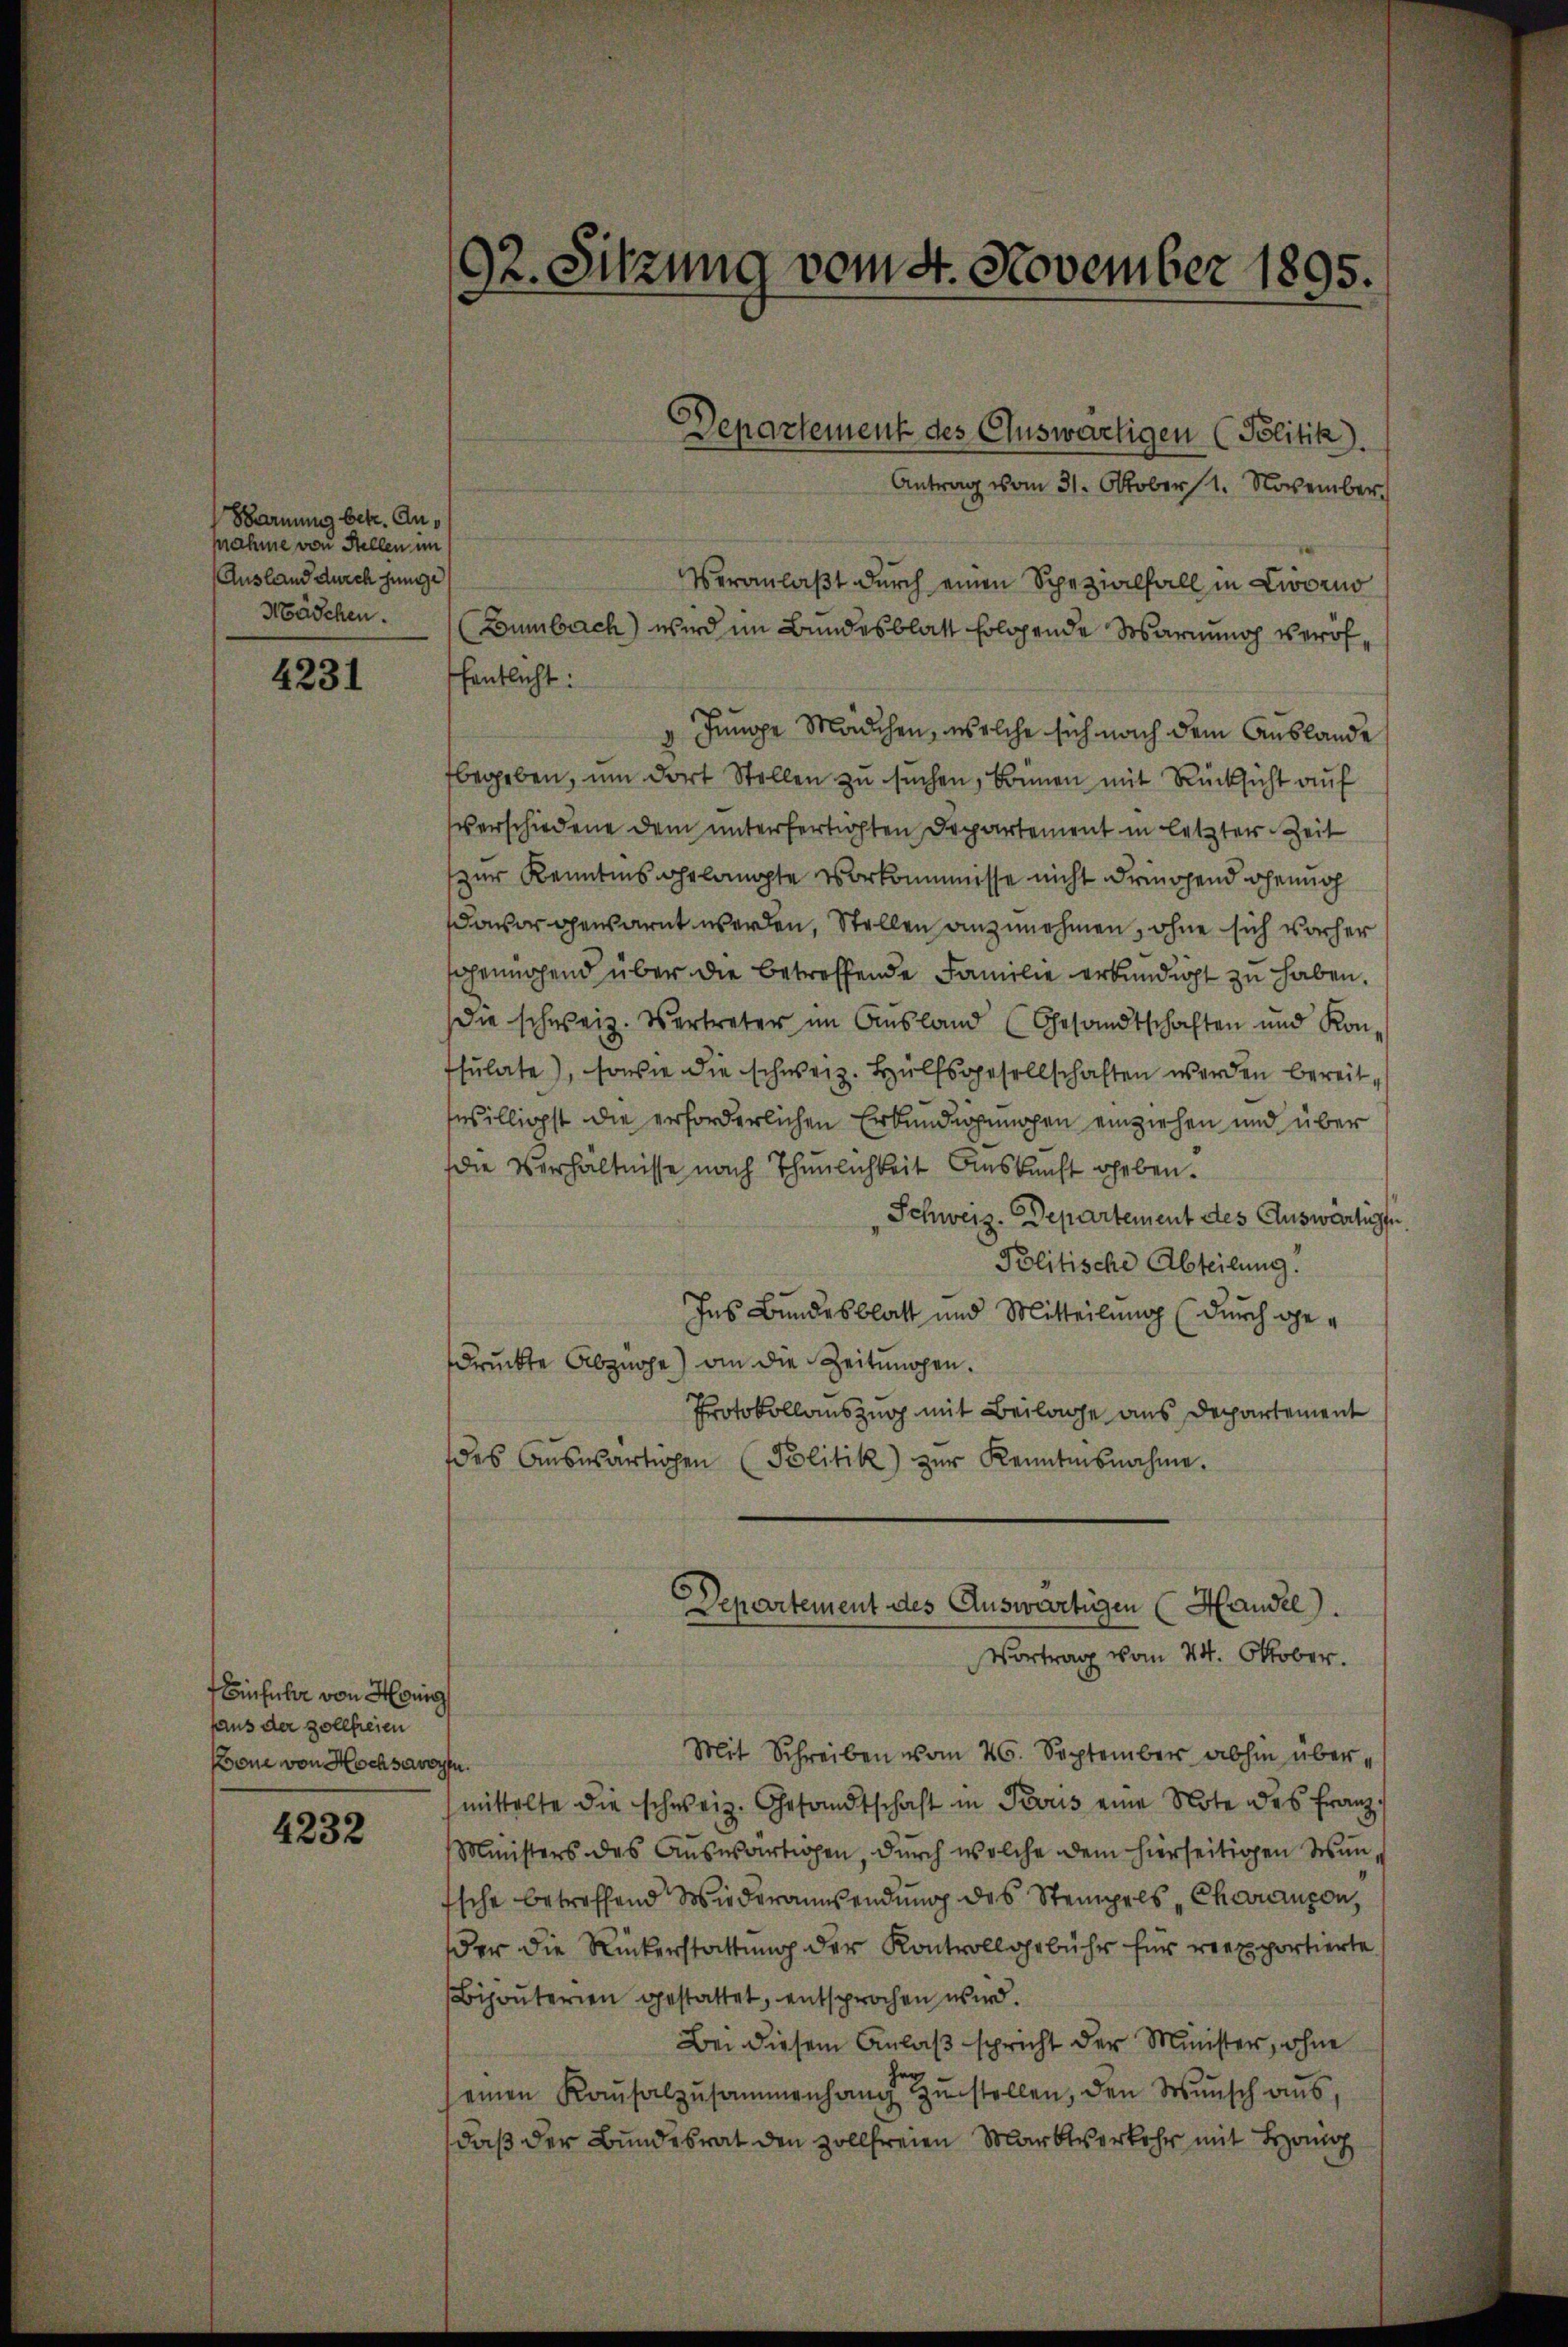
Bramung betr. Aupahme von Stellen im
Ausland durch junge
Mädchen.

4231

Einsicher von Hung
faus der Zollfreien
Koone von Hochsavor

4232

Veranlaßt durch einen Spezialfall in Zworno
Bumbach) wird im Bundesblatt folgende Sosarnung veröf
fentlicht:
 Junge Mädchen, welche sich nach dem Auslande
begeben, um dort Stellen zu suchen, können mit Rücksicht auf
verschiedene dem unterfertigten Departement in letzter Zeit
zur Kenntnis gelangte Vorkommesse nicht dringend genug
davor gewarnt werden, Stellen anzunehmen, ohne sich vorher
genügend über die betreffende Familie erkundigt zu haben.
die schweiz. Vertreter im Ausland (Gesandtschaften und Kon-
sulate), sowie die schweiz. Hülfsgesellschaften werden bereit,
seilligst die erforderlichen Erkundigungen einziehen und über
die Verhältnisse nach Thunlichkeit Auskunft geben.
Schweiz. Departement des Auswarten.
Politische Abteilung.
Ins Bundesblatt und Mitteilung (durch gedruckte Abzuge) an die Zeitungen.
Protokollauszug mit Beilage aus Departement
des Aŭswärtigen Politik) zŭr Kenntnisnahme.
Departement des Auswärtigen (Handel.

92. Sitzung vom 4. November 1895.

Departement des Auswärtigen (Politik).
Antrag vom 31. Oktober 1. November

Vortrag vom 24. Oktober.

Mit Schreiben vom 26. September abhin übern.
mittelte die schweiz. Gesandtschaft in Paris eine Note des Franz¬
Ministers des Aŭswärtigen, durch welche dem hierseitigen Wun¬
Esche betreffend Wiederansendung des Stempels Charaison,
der die Rückerstattung der Kontrollgebühr für reexportierte
Bijouterien gestattet, entsprochen wird.
Bei diesem Anlaß spricht der Minister, wohne
einen Kaŭsalzŭsammenhang zŭstellen, den Wŭnsch aŭs
daß der Bundesrat den zollfreien Marktverkehr mit B